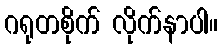
ဂရုတစိုက် လိုက်နာပါ။